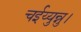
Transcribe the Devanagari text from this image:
चईय्युन्नु।